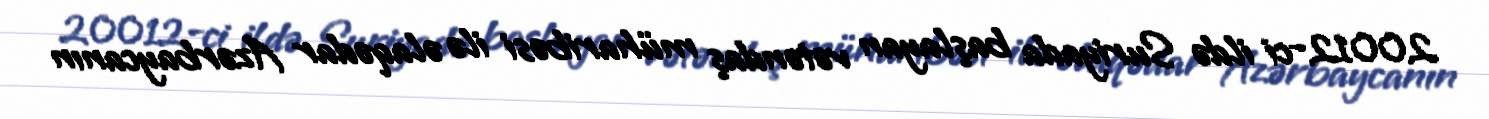
20012-ci ildə Suriyada başlayan vətəndaş müharibəsi ilə əlaqədar Azərbaycanın